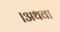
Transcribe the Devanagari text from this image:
।अथवा